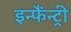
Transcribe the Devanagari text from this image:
इन्फैंन्ट्री